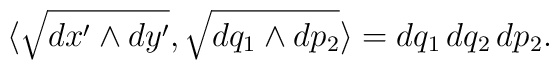
\langle \sqrt{dx' \wedge dy'}, \sqrt{dq_1 \wedge dp_2} \rangle = dq_1 \,dq_2 \,dp_2.